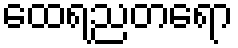
ထေရညတရော